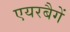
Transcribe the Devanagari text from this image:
एयरबैगें